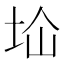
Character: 𱖙